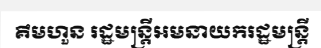
គឹមហួន រដ្ឋមន្ត្រីអមនាយករដ្ឋមន្ត្រី